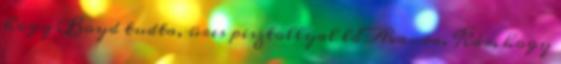
hogy Boyd tudta, üres pisztollyal lő Ava-ra. Kár, hogy